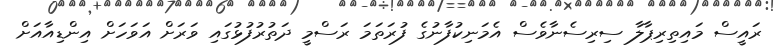
ރައީސް މައިތިރިޕާލާ ސިރިސެނާވެސް އެމަނިކުފާނުގެ ފުރަތަމަ ރަސްމީ ދަތުރުފުޅުގައި ވަރަށް އަވަހަށް އިންޑިއާއަށް